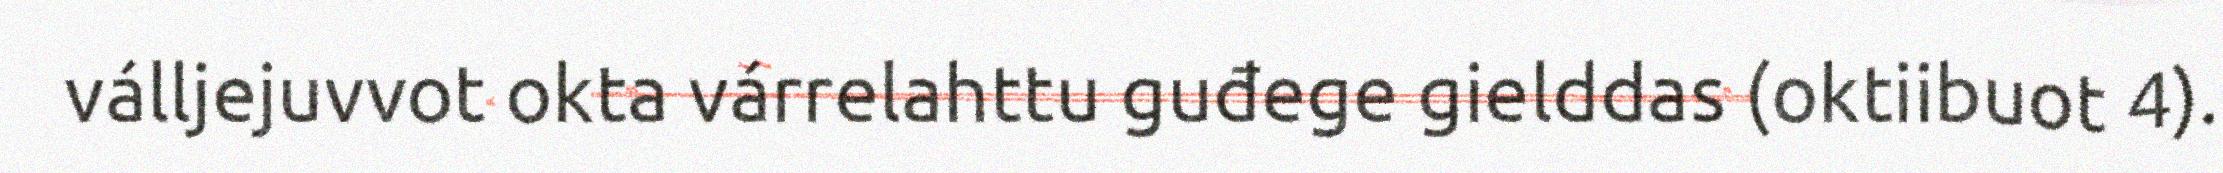
válljejuvvot okta várrelahttu guđege gielddas (oktiibuot 4).